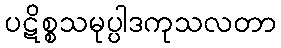
ပဋိစ္စသမုပ္ပါဒကုသလတာ